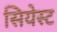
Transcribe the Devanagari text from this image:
सियेस्ट